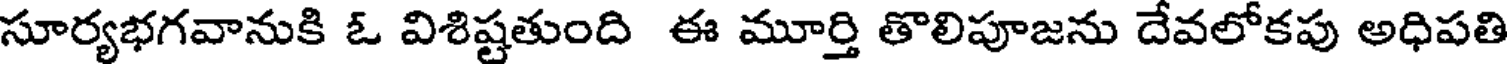
సూర్యభగవానుకి ఓ విశిష్టతుంది ఈ మూర్తి తొలిపూజను దేవలోకపు అధిపతి